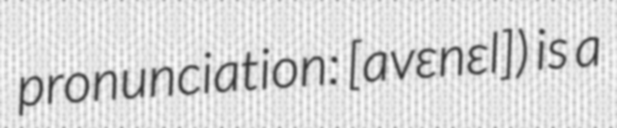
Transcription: pronunciation: ​[avɛnɛl]) is a